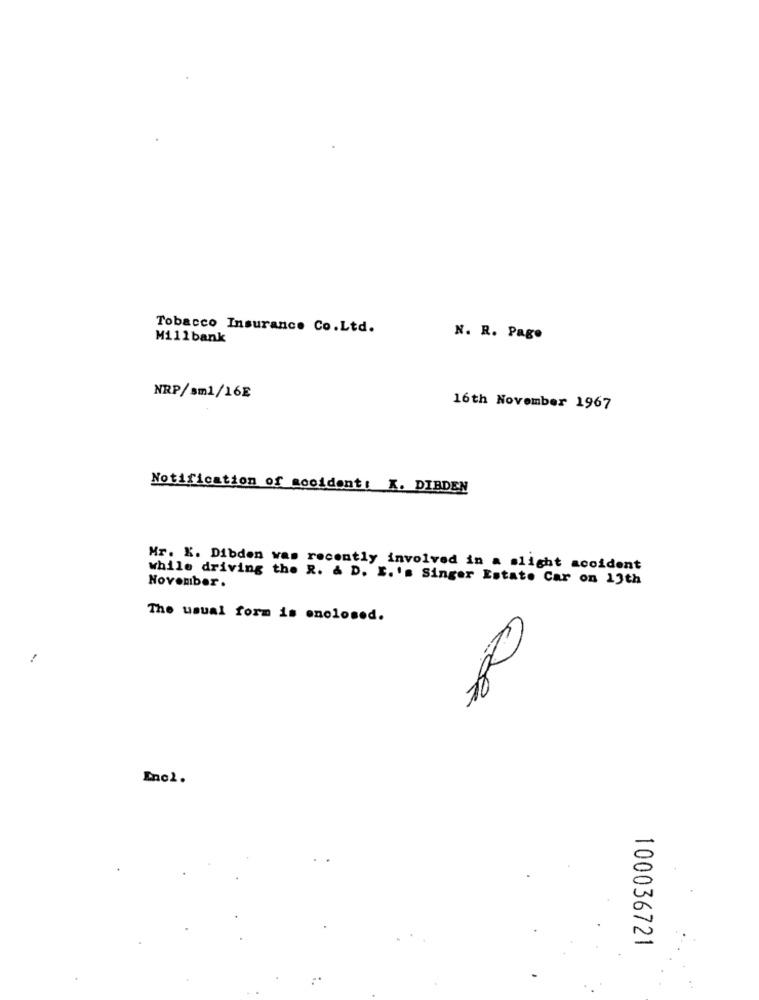
Tobacco Insurance Co.Ltd.
Mi11bank
N. R. Pago
NRP/sml/16E
16th November 1967
Notification of accident: K. DIRDEN
Mr. K. Dibden was recently involved in a slight accident
while driving the R. & D. I.'s Singer Estate Car on 13th
November.
The usual form is enclosed.
Incl.
100036721